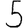
Digit: 5